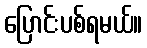
ပြောင်းပစ်ရမယ်။